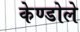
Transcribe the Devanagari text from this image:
केण्डोले